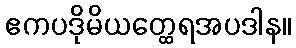
ဧကပဒိုမိယတ္ထေရအပဒါန။